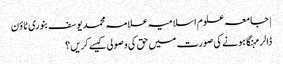
| جامعہ علوم اسلامیہ علامہ محمد یوسف بنوری ٹاؤن
ڈالر مہنگا ہونے کی صورت میں حق کی وصولی کیسے کریں؟